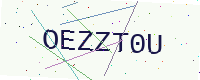
Text: OEZZT0U